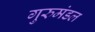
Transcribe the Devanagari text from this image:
गुरुमंडल